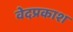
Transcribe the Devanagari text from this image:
वेदप्रकाश